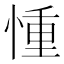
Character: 𢝆